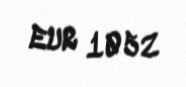
EUR 1052